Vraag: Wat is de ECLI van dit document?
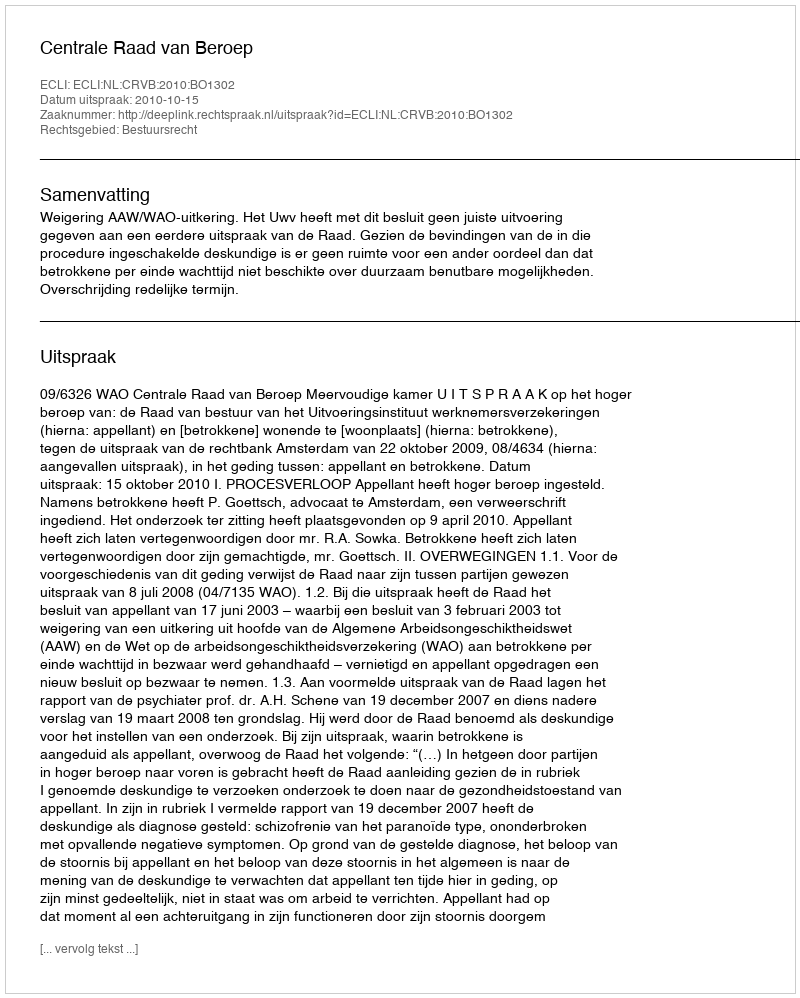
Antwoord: ECLI:NL:CRVB:2010:BO1302